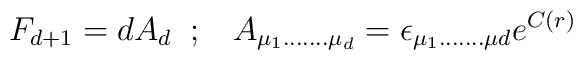
F_{d+1}=dA_{d}\;\;;\;\;\;A_{\mu_{1}.......\mu_{d}}=\epsilon_{\mu_{1}.......\mu{d}}e^{C(r)}